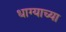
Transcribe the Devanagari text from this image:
धाग्याच्या